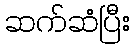
ဆက်ဆံပြီး